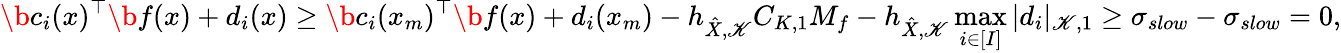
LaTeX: \b c_{i}(x)^{\top}\b f(x)+d_{i}(x)\ge\b c_{i}(x_{m})^{\top}\b f(x)+d_{i}(x_{m})-h_{\hat{X},\mathscr{K}}C_{K,1}M_{f}-h_{\hat{X},\mathscr{K}}\operatorname*{max}_{i\in[I]}|d_{i}|_{\mathscr{K},1}\ge\sigma_{slow}-\sigma_{slow}=0,